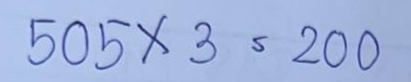
505 x 3 = 200